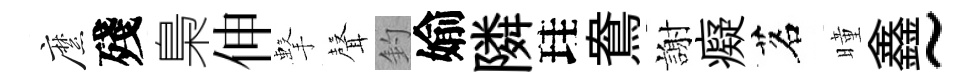
縻殘梟伸擊𮋻釣媮隣珪鴦謝癡茗曈鑫~